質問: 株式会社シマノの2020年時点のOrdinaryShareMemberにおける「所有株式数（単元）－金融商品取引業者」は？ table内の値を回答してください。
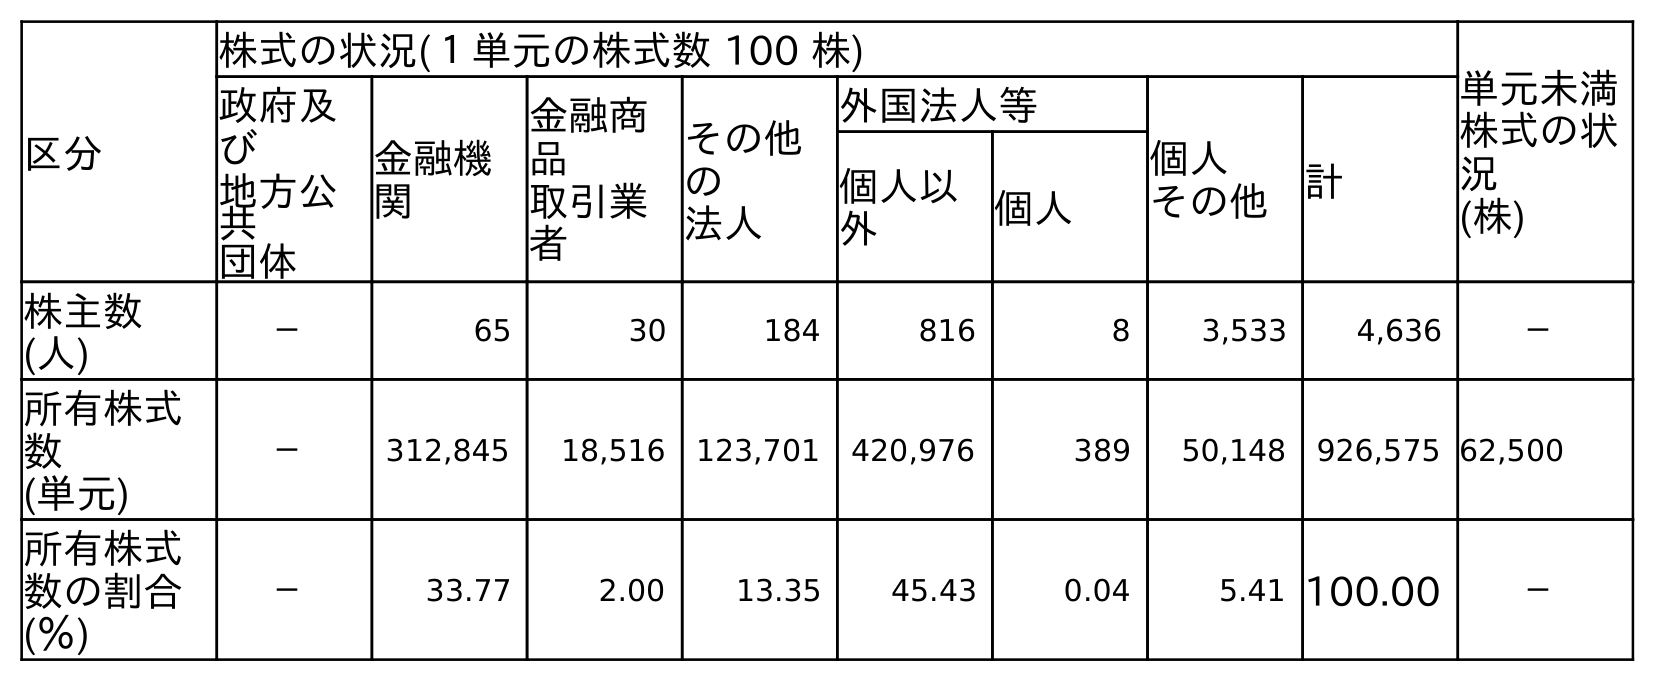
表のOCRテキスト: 区分 株式の状況(１単元の株式数 100 株) 単元未満 株式の状 況 (株) 政府及 び 地方公 共 団体 金融機 関 金融商 品 取引業 者 その他 の 法人 外国法人等 個人 その他 計 個人以 外 個人 株主数 (人) － 65 30 184 816 8 3,533 4,636 － 所有株式 数 (単元) － 312,845 18,516 123,701 420,976 389 50,148 926,575 62,500 所有株式 数の割合 (％) － 33.77 2.00 13.35 45.43 0.04 5.41 100.00 －
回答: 18,516